Lunatic asylums in Bengal annual reports 1899-1911 - 1899-1911
Year: 1899
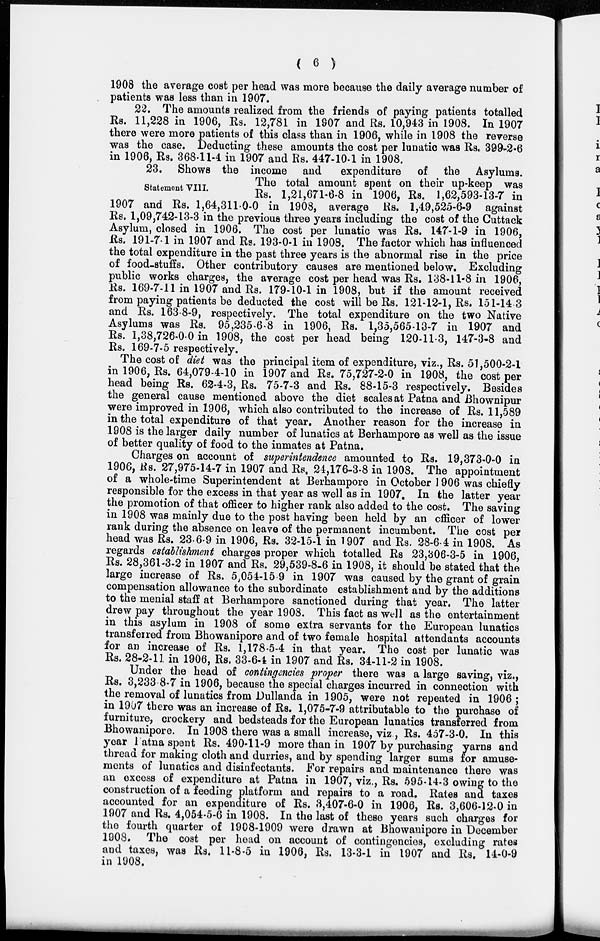
( 6 )
1908 the average cost per head was more because the daily average number of
patients was less than in 1907.
22. The amounts realized from the friends of paying patients totalled
Rs. 11,228 in 1906, Rs. 12,781 in 1907 and Rs. 10,943 in 1908. In 1907
there were more patients of this class than in 1906, while in 1908 the reverse
was the case. Deducting these amounts the cost per lunatic was Rs. 399-2-6
in 1906, Rs. 368-11-4 in 1907 and Rs. 447-10-1 in 1908.
Statement VIII.
23. Shows the income and
expenditure of the Asylums.
The total amount spent on their up-keep was
Rs. 1,21,671-6-8 in 1906, Rs. 1,62,593-13-7 in
1907 and Rs. 1,64,311-0-0 in 1908, average Rs. 1,49,525-6-9 against
Rs. 1,09,742-13-3 in the previous three years including the cost of the Cuttack
Asylum, closed in 1906. The cost per lunatic was Rs. 147-1-9 in 1906,
Rs, 191-7-1 in 1907 and Rs. 193-0-1 in 1908. The factor which has influenced
the total expenditure in the past three years is the abnormal rise in the price
of food-stuffs. Other contributory causes are mentioned below. Excluding
public works charges, the average cost per head was Rs. 138-11-8 in 1906,
Rs. 169-7-11 in 1907 and Rs. 179-10-1 in 1908, but if the amount received
from paying patients be deducted the cost will be Rs. 121-12-1, Rs. 151-14 3
and Rs. 163-8-9, respectively. The total expenditure on the two Native
Asylums was Rs. 95,235-6-8 in 1906, Rs. 1,35,565-13-7 in 1907 and
Rs. 1,38,726-0-0 in 1908, the cost per head being 120-11-3, 147-3-8 and
Rs. 169-7-5 respectively.
The cost of diet was the principal item of expenditure, viz., Rs. 51,500-2-1
in 1906, Rs. 64,079-4-10 in 1907 and Rs. 75,727-2-0 in 1908, the cost per
head being Rs. 62-4-3, Rs. 75-7-3 and Rs. 88-15-3 respectively. Besides
the general cause mentioned above the diet scales at Patna and Bhownipur
were improved in 1906, which also contributed to the increase of Rs. 11,589
in the total expenditure of that year. Another reason for the increase in
1908 is the larger daily number of lunatics at Berhampore as well as the issue
of better quality of food to the inmates at Patna.
Charges on account of superintendence amounted to Rs. 19,373-0-0 in
1906, Rs. 27,975-14-7 in 1907 and Rs. 24,176-3-8 in 1908. The appointment
of a whole-time Superintendent at Berhampore in October 1906 was chiefly
responsible for the excess in that year as well as in 1907. In the latter year
the promotion of that officer to higher rank also added to the cost. The saving
in 1908 was mainly due to the post having been held by an officer of lower
rank during the absence on leave of the permanent incumbent. The cost per
head was Rs. 23-6-9 in 1906, Rs. 32-15-1 in 1907 and Rs. 28-6-4 in 1908. As
regards establishment charges proper which totalled Rs 23,306-3-5 in 1906,
Rs. 28,361-3-2 in 1907 and Rs. 29,539-8-6 in 1908, it should be stated that the
large increase of Rs. 5,054-15 9 in 1907 was caused by the grant of grain
compensation allowance to the subordinate establishment and by the additions
to the menial staff at Berhampore sanctioned during that year. The latter
drew pay throughout the year 1908. This fact as well as the entertainment
in this asylum in 1908 of some extra servants for the European lunatics
transferred from Bhowanipore and of two female hospital attendants accounts
for an increase of Rs. 1,178-5-4 in that year. The cost per lunatic was
Rs. 28-2-11 in 1906, Rs. 33-6-4 in 1907 and Rs. 34-11-2 in 1908.
Under the head of contingencies proper there was a large saving, viz.,
Rs. 3,233 8-7 in 1906, because the special charges incurred in connection with
the removal of lunatics from Dullanda in 1905, were not repeated in 1906;
in 1907 there was an increase of Rs. 1,075-7-9 attributable to the purchase of
furniture, crockery and bedsteads for the European lunatics transferred from
Bhowanipore. In 1908 there was a small increase, viz , Rs. 457-3-0. In this
year Patna spent Rs. 490-11-9 more than in 1907 by purchasing yarns and
thread for making cloth and durries, and by spending larger sums for amuse-
ments of lunatics and disinfectants. For repairs and maintenance there was
an excess of expenditure at Patna in 1907, viz., Rs. 595-14-3 owing to the
construction of a feeding platform and repairs to a road. Rates and taxes
accounted for an expenditure of Rs. 3,407-6-0 in 1906, Rs. 3,606-12-0 in
1907 and Rs. 4,054-5-6 in 1908. In the last of these years such charges for
the fourth quarter of 1908-1909 were drawn at Bhowanipore in December
1908. The cost per head on account of contingencies, excluding rates
and taxes, was Rs. 11-8-5 in 1906, Rs. 13-3-1 in 1907 and Rs. 14-0-9
in 1908.